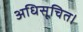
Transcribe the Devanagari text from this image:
अधिसूचित।